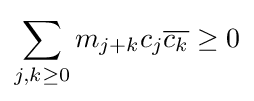
\sum _{j,k\geq 0}m_{j+k}c_{j}{\overline {c_{k}}}\geq 0